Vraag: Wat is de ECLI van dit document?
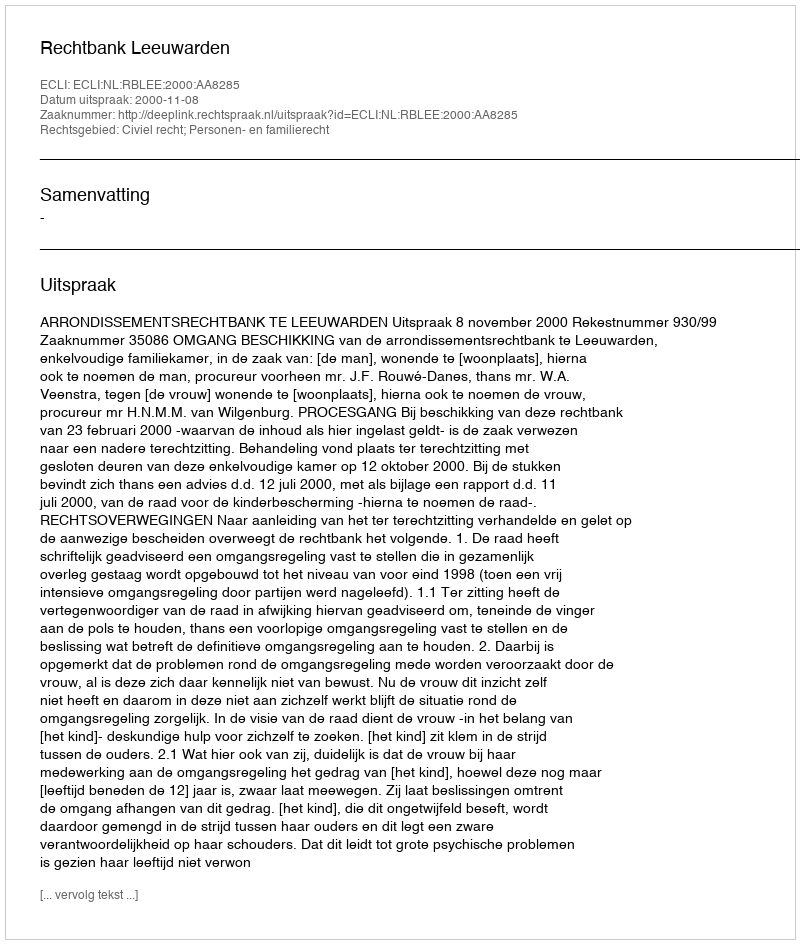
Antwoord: ECLI:NL:RBLEE:2000:AA8285